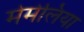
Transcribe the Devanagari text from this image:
मेमेलिया